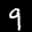
Label: 9